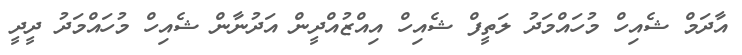
އާދަމް ޝެއިހް މުހައްމަދު ލަތީފް ޝެއިހް އިއްޒުއްދީން އަދުނާން ޝެއިހް މުހައްމަދު ދީދީ